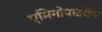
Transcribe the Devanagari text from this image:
एमिनोपाइरीन